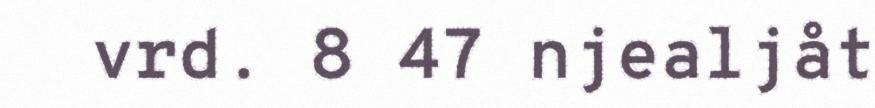
vrd. 8 47 njealjåt